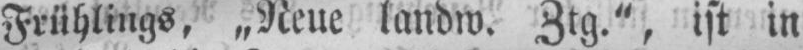
Frühlings, „Neue landw. Ztg.”, ist in